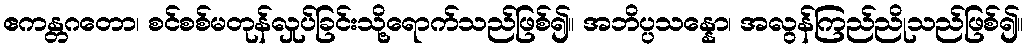
ဧကန္တဂတော၊ စင်စစ်မတုန်လှုပ်ခြင်းသို့ရောက်သည်ဖြစ်၍။ အဘိပ္ပသန္နော၊ အလွန်ကြည်ညိုသည်ဖြစ်၍။